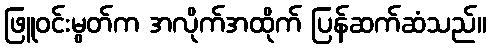
ဖြူဝင်းမွတ်က အလိုက်အထိုက် ပြန်ဆက်ဆံသည်။